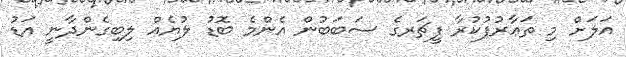
އަލަށް މި ތަޢާރުފުކުރާ ފީޗަރގެ ސަބަބުން އެންމެ ބޮޑު ލުޔެއް ލިބިގެންދާނީ އަޑު